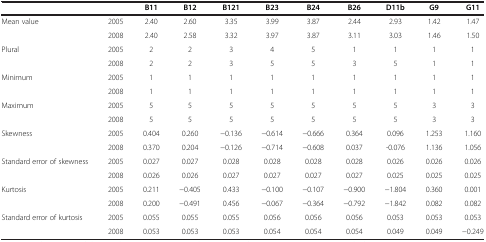
<table><thead><tr><td><b> </b></td><td><b> </b></td><td><b>B11</b></td><td><b>B12</b></td><td><b>B121</b></td><td><b>B23</b></td><td><b>B24</b></td><td><b>B26</b></td><td><b>D11b</b></td><td><b>G9</b></td><td><b>G11</b></td></tr></thead><tbody><tr><td rowspan="2">Mean value</td><td>2005</td><td>2.40</td><td>2.60</td><td>3.35</td><td>3.99</td><td>3.87</td><td>2.44</td><td>2.93</td><td>1.42</td><td>1.47</td></tr><tr><td>2008</td><td>2.40</td><td>2.58</td><td>3.32</td><td>3.97</td><td>3.87</td><td>3.11</td><td>3.03</td><td>1.46</td><td>1.50</td></tr><tr><td rowspan="2">Plural</td><td>2005</td><td>2</td><td>2</td><td>3</td><td>4</td><td>5</td><td>1</td><td>1</td><td>1</td><td>1</td></tr><tr><td>2008</td><td>2</td><td>2</td><td>3</td><td>5</td><td>5</td><td>3</td><td>5</td><td>1</td><td>1</td></tr><tr><td rowspan="2">Minimum</td><td>2005</td><td>1</td><td>1</td><td>1</td><td>1</td><td>1</td><td>1</td><td>1</td><td>1</td><td>1</td></tr><tr><td>2008</td><td>1</td><td>1</td><td>1</td><td>1</td><td>1</td><td>1</td><td>1</td><td>1</td><td>1</td></tr><tr><td rowspan="2">Maximum</td><td>2005</td><td>5</td><td>5</td><td>5</td><td>5</td><td>5</td><td>5</td><td>5</td><td>3</td><td>3</td></tr><tr><td>2008</td><td>5</td><td>5</td><td>5</td><td>5</td><td>5</td><td>5</td><td>5</td><td>3</td><td>3</td></tr><tr><td rowspan="2">Skewness</td><td>2005</td><td>0.404</td><td>0.260</td><td>−0.136</td><td>−0.614</td><td>−0.666</td><td>0.364</td><td>0.096</td><td>1.253</td><td>1.160</td></tr><tr><td>2008</td><td>0.370</td><td>0.204</td><td>−0.126</td><td>−0.714</td><td>−0.608</td><td>0.037</td><td>-0.076</td><td>1.136</td><td>1.056</td></tr><tr><td rowspan="2">Standard error of skewness</td><td>2005</td><td>0.027</td><td>0.027</td><td>0.028</td><td>0.028</td><td>0.028</td><td>0.028</td><td>0.026</td><td>0.026</td><td>0.026</td></tr><tr><td>2008</td><td>0.026</td><td>0.026</td><td>0.027</td><td>0.027</td><td>0.027</td><td>0.027</td><td>0.025</td><td>0.025</td><td>0.025</td></tr><tr><td rowspan="2">Kurtosis</td><td>2005</td><td>0.211</td><td>−0.405</td><td>0.433</td><td>−0.100</td><td>−0.107</td><td>−0.900</td><td>−1.804</td><td>0.360</td><td>0.001</td></tr><tr><td>2008</td><td>0.200</td><td>−0.491</td><td>0.456</td><td>−0.067</td><td>−0.364</td><td>−0.792</td><td>−1.842</td><td>0.082</td><td>0.082</td></tr><tr><td rowspan="2">Standard error of kurtosis</td><td>2005</td><td>0.055</td><td>0.055</td><td>0.055</td><td>0.056</td><td>0.056</td><td>0.056</td><td>0.053</td><td>0.053</td><td>0.053</td></tr><tr><td>2008</td><td>0.053</td><td>0.053</td><td>0.053</td><td>0.054</td><td>0.054</td><td>0.054</td><td>0.049</td><td>0.049</td><td>−0.249</td></tr></tbody></table>